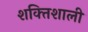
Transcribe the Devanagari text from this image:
शक्‍ितशाली